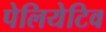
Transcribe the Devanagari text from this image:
पेलियेटिव